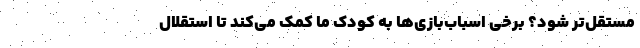
مستقل‌تر شود؟ برخی اسباب‌بازی‌ها به کودک ما کمک می‌کند تا استقلال